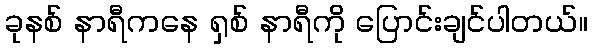
ခုနစ် နာရီကနေ ရှစ် နာရီကို ပြောင်းချင်ပါတယ်။